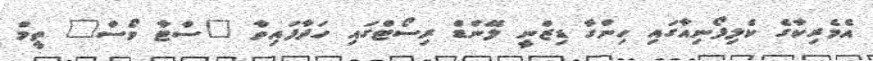
އެމެރިކާގެ ކެލިފޯނިއާގައި ހިންގާ ޑިޒްނީ ލޭންޑް ރިސޯޓްގައި ހަދާފައިވާ "ސްޓާ ވޯސް" ތީމް